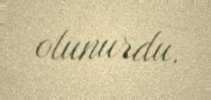
olunurdu.